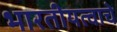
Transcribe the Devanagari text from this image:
भारतीयत्वाचे